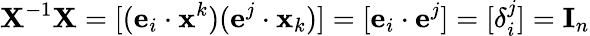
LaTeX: \mathbf{X}^{-1}\mathbf{X}=[(\mathbf{e}_{i}\cdot\mathbf{x}^{k})(\mathbf{e}^{j}\cdot\mathbf{x}_{k})]=[\mathbf{e}_{i}\cdot\mathbf{e}^{j}]=[\delta_{i}^{j}]=\mathbf{I}_{n}